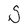
Character: S